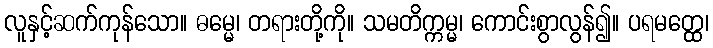
လူနှင့်ဆက်ကုန်သော။ ဓမ္မေ၊ တရားတို့ကို။ သမတိက္ကမ္မ၊ ကောင်းစွာလွန်၍။ ပရမတ္ထေ၊